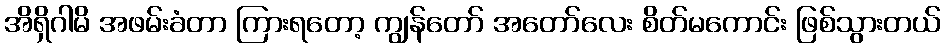
အိရှိဂါမိ အဖမ်းခံတာ ကြားရတော့ ကျွန်တော် အတော်လေး စိတ်မကောင်း ဖြစ်သွားတယ်